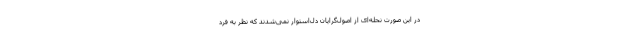
در این صورت نحله‌ای از اصول‌گرایان دل‌استوار نمی‌شدند که نظر به فرد